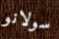
سولانو